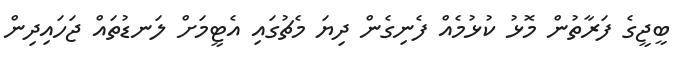
ބީޖީގެ ފަރާތުން މޮޅު ކުޅުމެއް ފެނިގެން ދިޔަ މެޗުގައި އެޓީމަށް ލަނޑުތައް ޖަހައިދިން